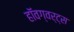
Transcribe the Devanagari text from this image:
हॉवग्वर्ट्स